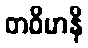
တဝိမာနိ